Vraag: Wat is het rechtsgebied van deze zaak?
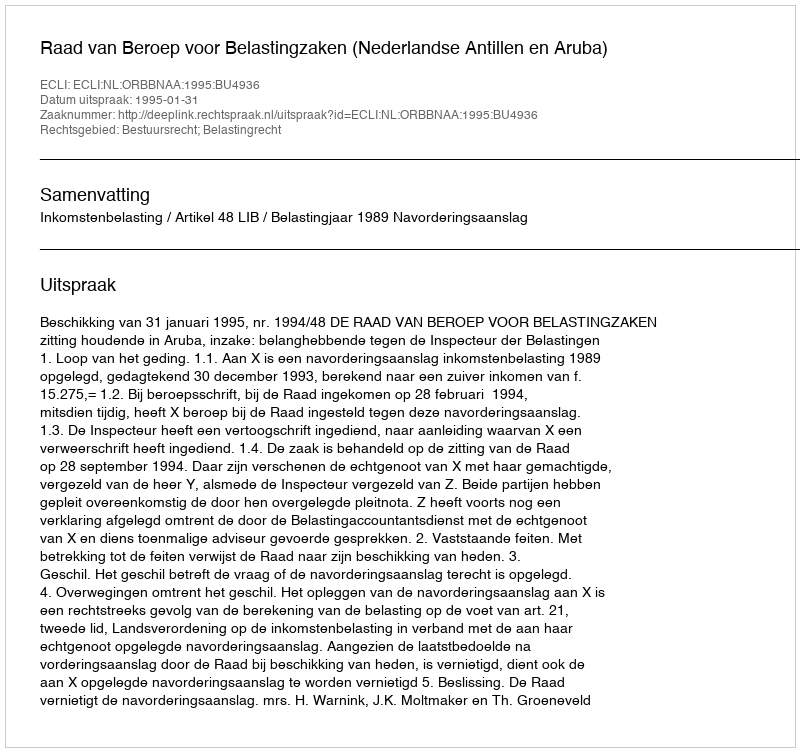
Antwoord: Bestuursrecht; Belastingrecht